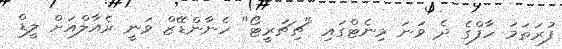
ފުރަތަމަ ހާފްގެ ދެ ވަނަ މިނެޓްގައި "ޗިޗަރީޓޯ" ހެނާންޑޭޒް ވަނީ ރެއާލްއަށް ލީޑް